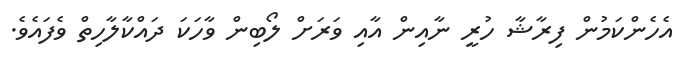
އެހެންކަމުން ފިރާޝާ ހުރީ ނާއިން އާއި ވަރަށް ލޯބިން ވާހަކަ ދައްކާލާހިތް ވެފައެވެ.